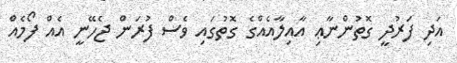
އަދި ފަރުދީ ގޮތުންނާޢި އާއިލާއެއްގެ ގޮތުގައި ވެސް ފުރަން ޖެހޭނީ އެއް ފޯމެއް